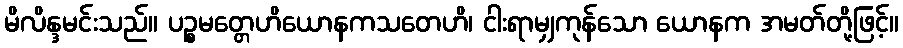
မိလိန္ဒမင်းသည်။ ပဉ္စမတ္တေဟိယောနကသတေဟိ၊ ငါးရာမျှကုန်သော ယောနက အမတ်တို့ဖြင့်။